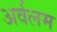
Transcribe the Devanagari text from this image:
अर्वलम